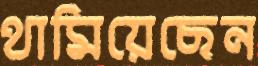
থামিয়েছেন